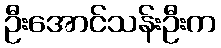
ဦးအောင်သန်းဦးက